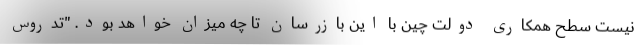
نیست سطح همکاری دولت چین با این بازرسان تا چه میزان خواهد بود. "تدروس